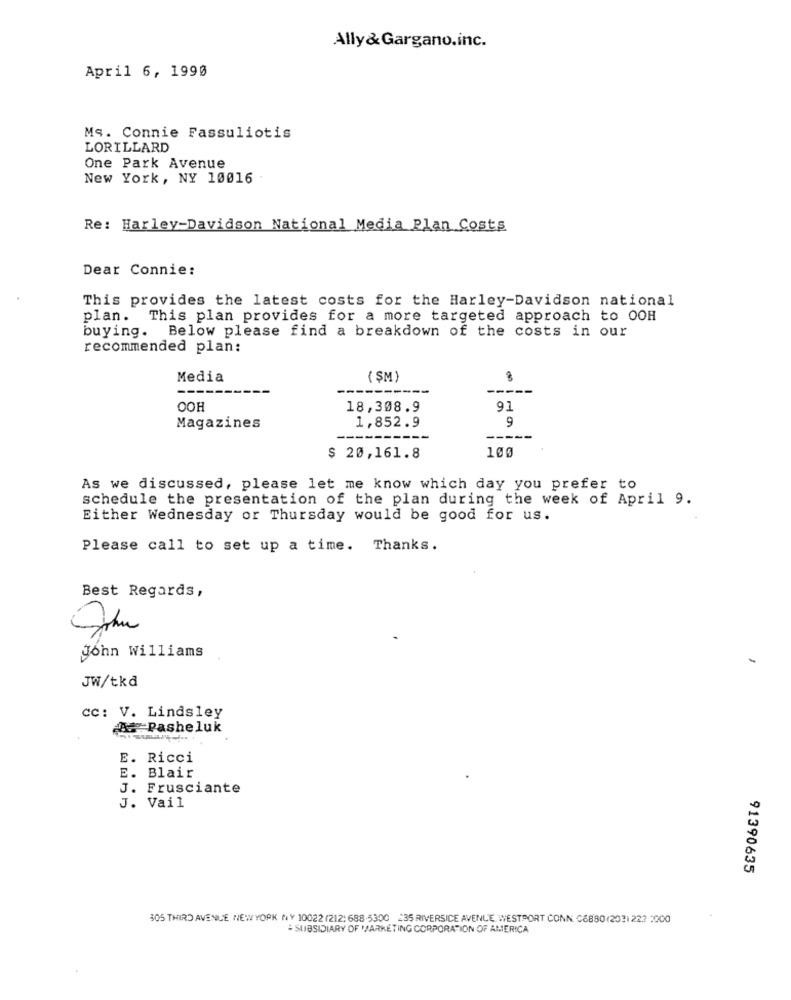
Ally& Gargano.inc.
April 6, 1990
Ms. Connie Fassuliotis
LORILLARD
One Park Avenue
New York, NY 10016
Re: Harley-Davidson National Media Plan Costs
Dear Connie:
This provides the latest costs for the Harley-Davidson national
plan. This plan provides for a more targeted approach to OOH
buying. Below please find a breakdown of the costs in our
recommended plan:
Media
( SM )
---
OOH
18,308.9
91
9
Magazines
1,852.9
---
100
$ 20,161.8
As we discussed, please let me know which day you prefer to
schedule the presentation of the plan during the week of April 9.
Either Wednesday or Thursday would be good for us.
Please call to set up a time. Thanks.
Best Regards,
John Williams
-
JW/tkd
cc: V. Lindsley
A Pasheluk
E. Ricci
E. Blair
J. Frusciante
J. Vail
91390635
305 THIRD AVENUE NEW YORK NY 10022 (212; 688-5300 235 RIVERSICE AVENUE WESTPORT CONN C6880(203) 227 :000
SUBSIDIARY OF 'MARKETING CORPORATION OF AMERICA